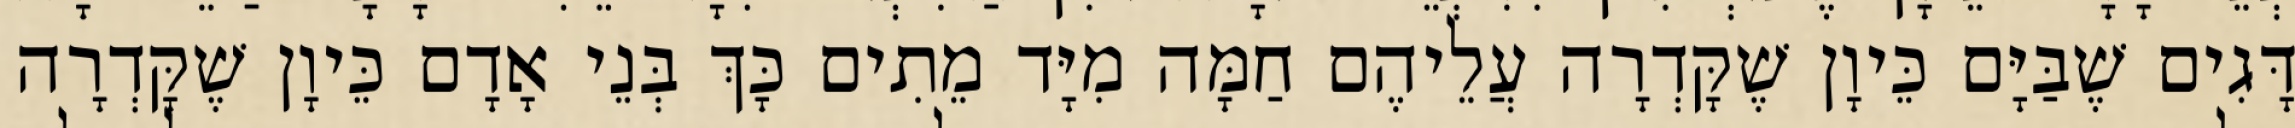
דָּגִים שֶׁבַּיָּם כֵּיוָן שֶׁקָּדְרָה עֲלֵיהֶם חַמָּה מִיָּד מֵתִים כָּךְ בְּנֵי אָדָם כֵּיוָן שֶׁקָּדְרָה